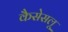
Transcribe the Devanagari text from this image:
कैसेसलू